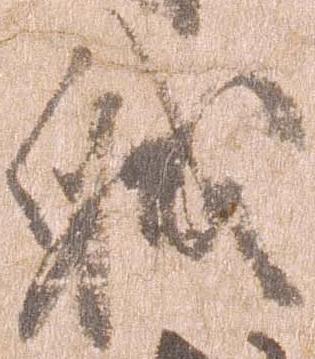
職